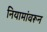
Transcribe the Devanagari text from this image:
नियामांवरून